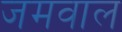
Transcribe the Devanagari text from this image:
जमवाल